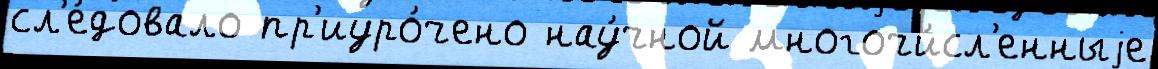
сл'е́довало пр'иуро́чено нау́чной многочи́сл'енныjе